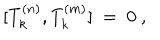
[ T _ { k } ^ { ( n ) } , T _ { k } ^ { ( m ) } ] \ = \ 0 \ ,